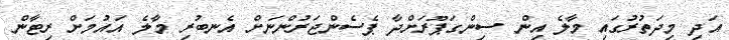
އަދި މިދަތުރުގައި މާލެ އިން ސިންގަޕޫރަށްދާ ޕެސެންޖަރުންނަށް އެނބުރި މާލެ އައުމަށް ރިޓާން